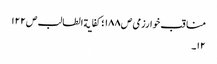
مناقب خوارزمی ص١٨٨ ؛کفایة الطالب ص١٢٢
١٢۔